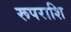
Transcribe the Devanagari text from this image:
रूपराशि